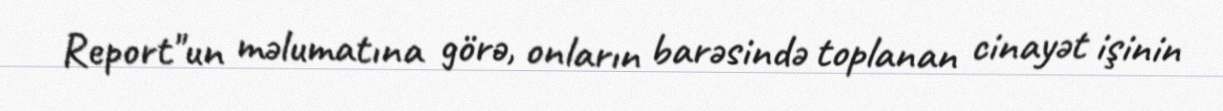
Report"un məlumatına görə, onların barəsində toplanan cinayət işinin